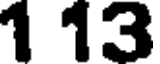
1 13